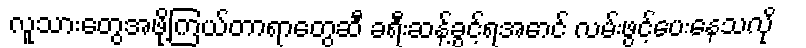
လူသားတွေအဖို့ကြယ်တာရာတွေဆီ ခရီးဆန့်ခွင့်ရအောင် လမ်းဖွင့်ပေးနေသလို